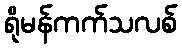
ရိုမန်ကက်သလစ်